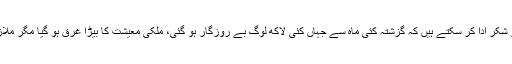
میرا خیال ہے کہ سرکاری ملازمین اس بات پر تو شکر ادا کر سکتے ہیں کہ گزشتہ کئی ماہ سے جہاں کئی لاکھ لوگ بے روزگار ہو گئی، ملکی معیشت کا بیڑا غرق ہو گیا مگر ملازمین کو تنخواہیں بروقت اور مکمل ادا ہو رہی ہیں۔